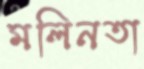
মলিনতা